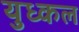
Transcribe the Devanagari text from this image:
युध्कल